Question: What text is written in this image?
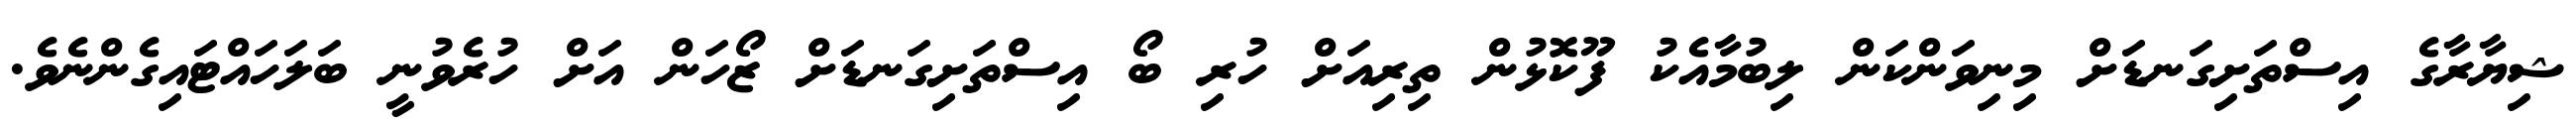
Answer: ޝިޔާރާގެ އިސްތަށިގަނޑަށް މިނިވަންކަން ލިބުމާއެކު ފޫކޮޅުން ތިރިއަށް ހުރި ބޯ އިސްތަށިގަނޑަށް ޒޯހަން އަށް ހުރެވުނީ ބަލަހައްޓައިގެންނެވެ.